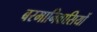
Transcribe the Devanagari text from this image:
बरमानिवासियों